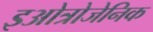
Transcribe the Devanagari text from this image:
इओत्रोजेनिक